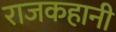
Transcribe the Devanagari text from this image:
राजकहानी